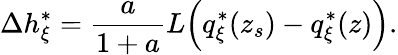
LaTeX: \Delta h_{\xi}^{*}=\frac{a}{1+a}L\Big(q_{\xi}^{*}(z_{s})-q_{\xi}^{*}(z)\Big).